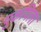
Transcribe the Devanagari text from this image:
पुकयिला